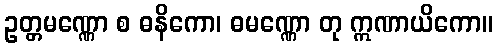
ဥတ္တမဏ္ဏော စ ဓနိကော၊ ဓမဏ္ဏော တု ဣဏာယိကော။